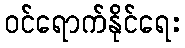
ဝင်ရောက်နိုင်ရေး